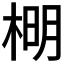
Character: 𣔂